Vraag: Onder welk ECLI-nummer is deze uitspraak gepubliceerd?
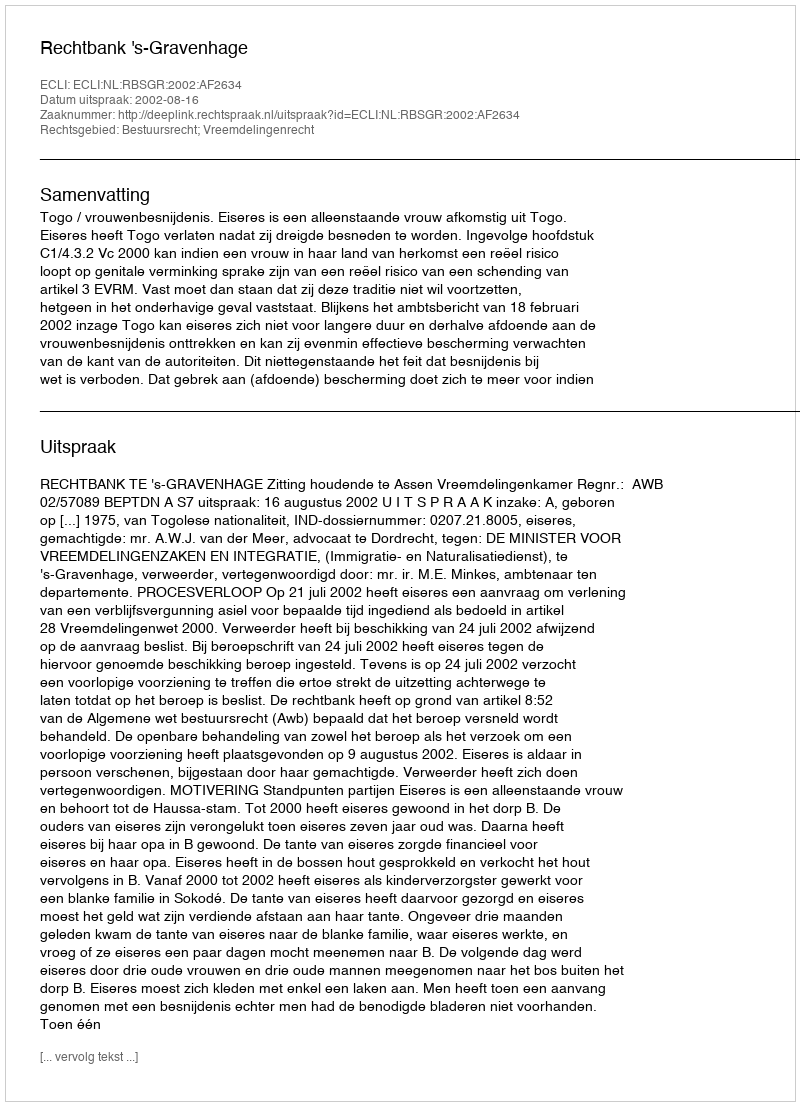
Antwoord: ECLI:NL:RBSGR:2002:AF2634